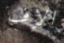
الإف